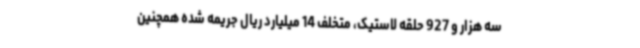
سه هزار و 927 حلقه لاستیک، متخلف 14 میلیارد ریال جریمه شده همچنین